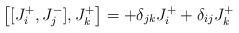
LaTeX: \begin{align*}\big[[ J_i^+ , J_j^- ] , J_k^+ \big] = + \delta_{jk}J_i^+ + \delta_{ij} J_k^+\end{align*}